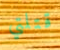
قتلتي